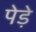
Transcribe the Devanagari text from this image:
पेड़े